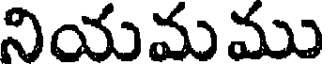
నియమము